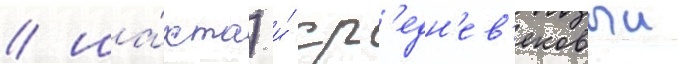
/ ша́хта) и́ ср'едн'ев'ековыи